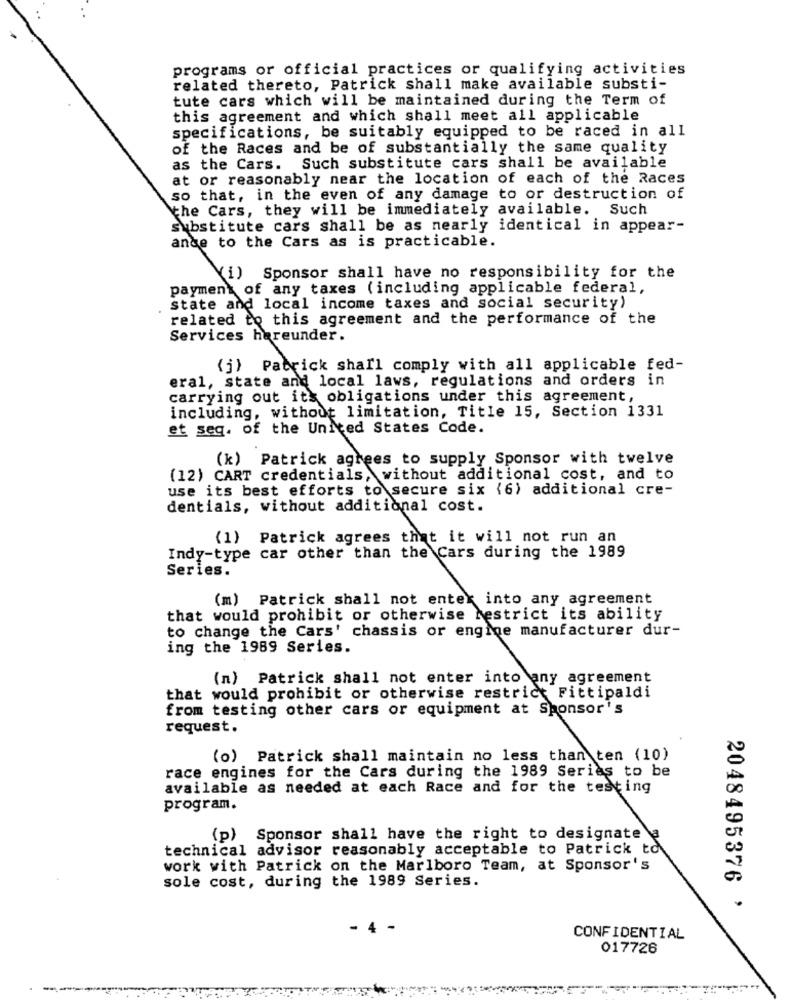
programs or official practices or qualifying activities
related thereto, Patrick shall make available substi-
tute cars which will be maintained during the Term of
this agreement and which shall meet all applicable
specifications, be suitably equipped to be raced in all
of the Races and be of substantially the same quality
as the Cars. Such substitute cars shall be available
at or reasonably near the location of each of the Races
so that, in the even of any damage to or destruction of
the Cars, they will be immediately available. Such
substitute cars shall be as nearly identical in appear-
ande to the Cars as is practicable.
(i) Sponsor shall have no responsibility for the
payment of any taxes (including applicable federal,
state and local income taxes and social security)
related to this agreement and the performance of the
Services hereunder.
(j) Patrick shall comply with all applicable fed-
eral, state and local laws, regulations and orders in
carrying out it's obligations under this agreement,
including, without limitation, Title 15, Section 1331
et seq. of the United States Code.
(k) Patrick agrees to supply Sponsor with twelve
(12) CART credentials, without additional cost, and to
use its best efforts to secure six (6) additional cre-
dentials, without additional cost.
(1)
Patrick agrees that it will not run an
Indy-type car other than the Cars during the 1989
Series.
(m) Patrick shall not enter into any agreement
that would prohibit or otherwise restrict its ability
to change the Cars' chassis or engine manufacturer dur-
ing the 1989 Series.
(n) Patrick shall not enter into any agreement
that would prohibit or otherwise restrict Fittipaldi
from testing other cars or equipment at Sponsor's
request.
(o) Patrick shall maintain no less than ten (10)
race engines for the Cars during the 1989 Series to be
available as needed at each Race and for the testing
program.
(p) Sponsor shall have the right to designate a
technical advisor reasonably acceptable to Patrick to
work with Patrick on the Marlboro Team, at Sponsor's
sole cost, during the 1989 Series.
2048495376 '
- 4 -
CONFIDENTIAL
017726
----